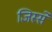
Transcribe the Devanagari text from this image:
जिस्‍से